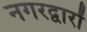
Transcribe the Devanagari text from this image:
नगरद्वारों